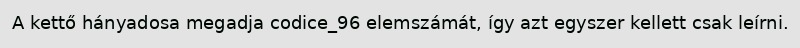
A kettő hányadosa megadja codice_96 elemszámát, így azt egyszer kellett csak leírni.